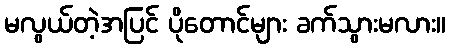
မလွယ်တဲ့အပြင် ပိုတောင်များ ခက်သွားမလား။